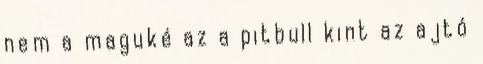
nem a maguké az a pitbull kint az ajtó